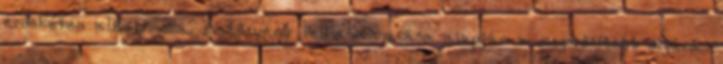
érdekében alkalmazza. A törvény felhatalmazása alapján a megerősített eljárás